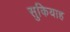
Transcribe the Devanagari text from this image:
सुकियाह